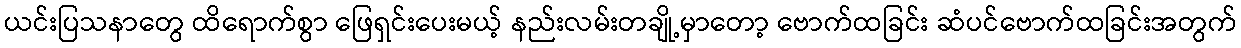
ယင်းပြသနာတွေ ထိရောက်စွာ ဖြေရှင်းပေးမယ့် နည်းလမ်းတချို့မှာတော့ ဗောက်ထခြင်း ဆံပင်ဗောက်ထခြင်းအတွက်